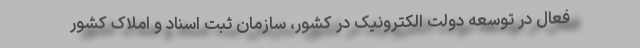
فعال در توسعه دولت الکترونیک در کشور، سازمان ثبت اسناد و املاک کشور